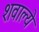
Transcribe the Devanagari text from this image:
शवाल्ये